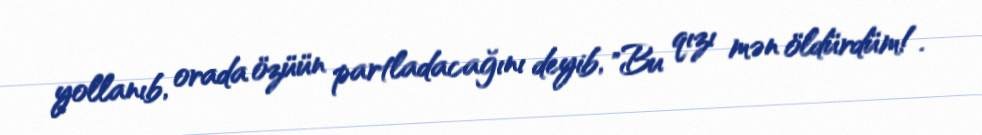
yollanıb, orada özüün partladacağını deyib, "Bu qızı mən öldürdüm!.